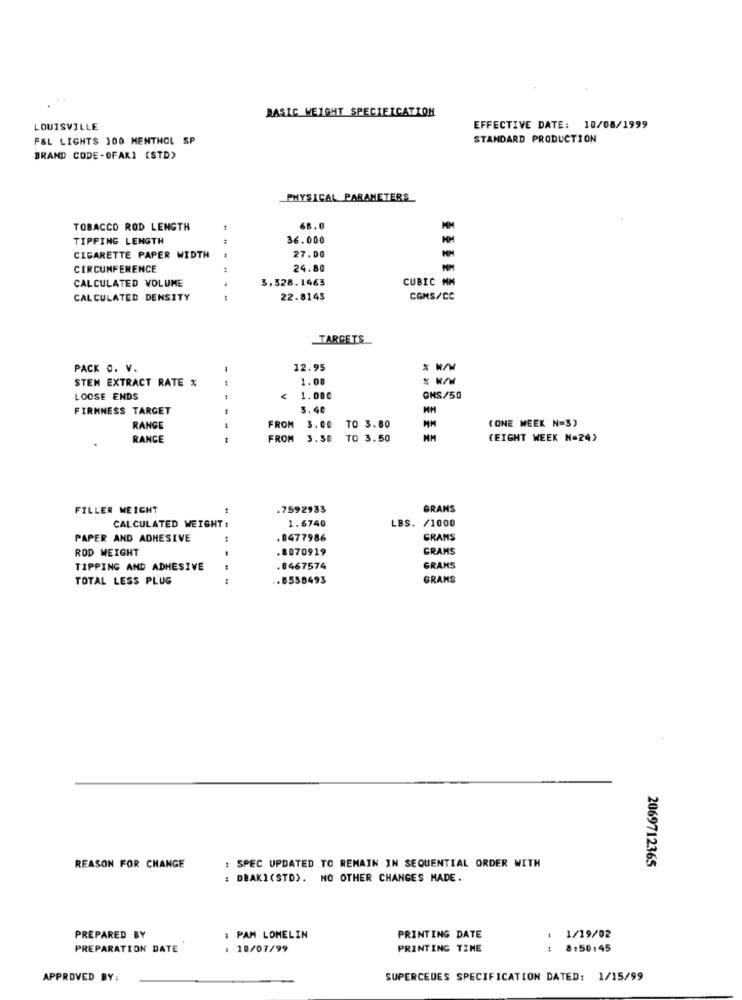
BASIC WEIGHT SPECIFICATION
LOUISVILLE
EFFECTIVE DATE: 10/08/1999
F&L LIGHTS 100 MENTHOL SP
STANDARD PRODUCTION
BRAND CODE-OFAKI (STD)
PHYSICAL PARAMETERS
TOBACCO ROD LENGTH
6B.
TIPPING LENGTH
36.000
CIGARETTE PAPER WIDTH
27.00
CIRCUMFERENCE
24.80
3.528.1463
CUBIC NM
CALCULATED VOLUME
CALCULATED DENSITY
22.8145
CONS/CC
TARGETS
PACK O. V.
12.95
STEM EXTRACT RATE %
1.00
LOOSE ENDS
1.000
GHS/50
FIRMNESS TARGET
3.40
MM
RANGE
FROM 3.00
TO 3.80
(ONE WEEK N=5)
RANGE
---
FROM 3.58
TO 3.50
MM
(EIGHT WEEK N=24)
FILLER WEIGHT
.7592933
GRANS
CALCULATED WEIGHT :
1.6740
LBS. /1000
PAPER AND ADHESIVE
.0477986
GRAMS
ROD WEIGHT
.8070919
GRAMS
TIPPING AND ADHESIVE
.0467574
GRANS
TOTAL LESS PLUG
.-
.. 8558493
GRAMS
REASON FOR CHANGE
: SPEC UPDATED TO REMAIN IN SEQUENTIAL ORDER WITH
2069712365
: DBAKI(STD). NO OTHER CHANGES MADE.
PREPARED BY
: PAM LOMELIN
PRINTING DATE
: 1/19/02
PREPARATION DATE
1 10/07/99
PRINTING TIME
8:50:45
APPROVED BY:
SUPERCEDES SPECIFICATION DATED: 1/15/99